Indian journal of veterinary science and animal husbandry - Volume 1,
Year: 1931
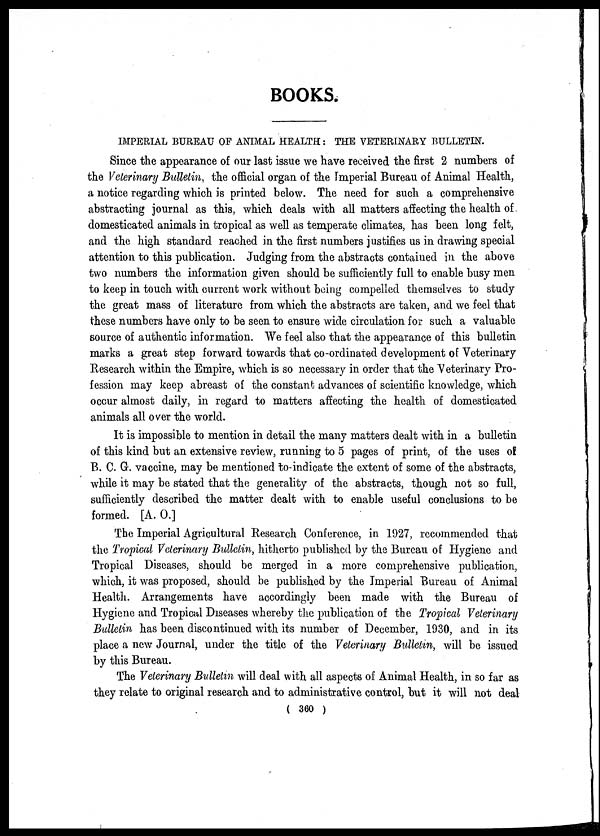
BOOKS.
IMPERIAL BUREAU OF ANIMAL HEALTH : THE VETERINARY BULLETIN.
Since the appearance of our last issue we have received the first 2 numbers of
the Veterinary Bulletin, the official organ of the Imperial Bureau of Animal Health,
a notice regarding which is printed below. The need for such a comprehensive
abstracting journal as this, which deals with all matters affecting the health of
domesticated animals in tropical as well as temperate climates, has been long felt,
and the high standard reached in the first numbers justifies us in drawing special
attention to this publication. Judging from the abstracts contained in the above
two numbers the information given should be sufficiently full to enable busy men
to keep in touch with current work without being compelled themselves to study
the great mass of literature from which the abstracts are taken, and we feel that
these numbers have only to be seen to ensure wide circulation for such a valuable
source of authentic information. We feel also that the appearance of this bulletin
marks a great step forward towards that co-ordinated development of Veterinary
Research within the Empire, which is so necessary in order that the Veterinary Pro-
fession may keep abreast of the constant advances of scientific knowledge, which
occur almost daily, in regard to matters affecting the health of domesticated
animals all over the world.
It is impossible to mention in detail the many matters dealt with in a bulletin
of this kind but an extensive review, running to 5 pages of print, of the uses of
B. C. G. vaccine, may be mentioned to indicate the extent of some of the abstracts,
while it may be stated that the generality of the abstracts, though not so full,
sufficiently described the matter dealt with to enable useful conclusions to be
formed. [A. O.]
The Imperial Agricultural Research Conference, in 1927, recommended that
the Tropical Veterinary Bulletin, hitherto published by the Bureau of Hygiene and
Tropical Diseases, should be merged in a more comprehensive publication,
which, it was proposed, should be published by the Imperial Bureau of Animal
Health. Arrangements have accordingly been made with the Bureau of
Hygiene and Tropical Diseases whereby the publication of the Tropical Veterinary
Bulletin has been discontinued with its number of December, 1930, and in its
place a new Journal, under the title of the Veterinary Bulletin, will be issued
by this Bureau.
The Veterinary Bulletin will deal with all aspects of Animal Health, in so far as
they relate to original research and to administrative control, but it will not deal
( 360 )